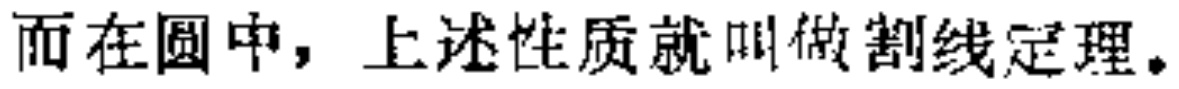
而在圆中，上述性质就叫做割线定理。